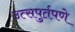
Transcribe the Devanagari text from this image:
उत्सपुर्तपणे